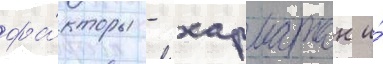
фа́кторы - харматан и́